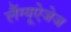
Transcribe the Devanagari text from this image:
लैंग्यूऐजेज